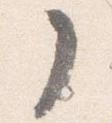
了